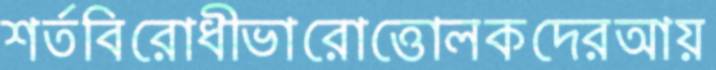
শর্তবিরোধীভারোত্তোলকদেরআয়